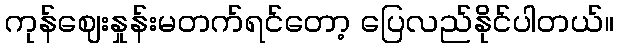
ကုန်ဈေးနှုန်းမတက်ရင်တော့ ပြေလည်နိုင်ပါတယ်။